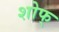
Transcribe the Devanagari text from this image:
शोफ्